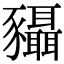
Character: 䝕